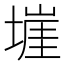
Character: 𭏡